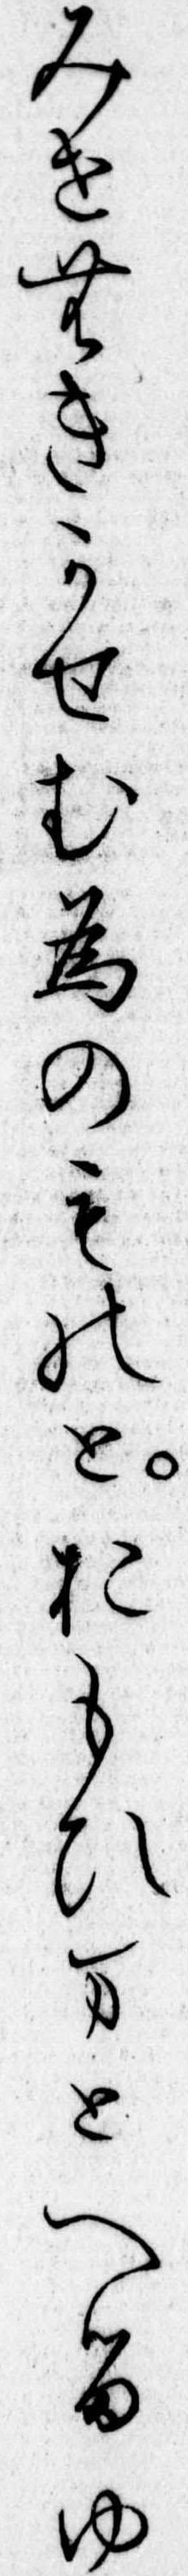
みせむきかせむ為のものとおもひまとへるゆ